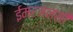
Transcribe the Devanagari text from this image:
ईमरजन्सी